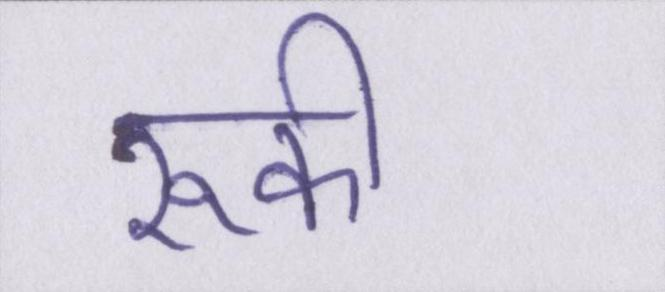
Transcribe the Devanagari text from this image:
रूकी